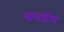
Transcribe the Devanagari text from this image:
बगडोर